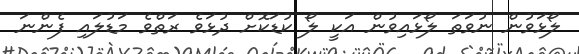
ލޯޅަވުން ނުވަތަ ލޯޅައިވުން އަކީ ލޯ ކުޑަކޮށް ދުޅަވެ ރަތްވެ މަޑުލައި ފެންނަ